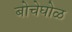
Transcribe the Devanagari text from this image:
बोचेघोळ